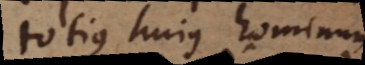
totius hujus hominum